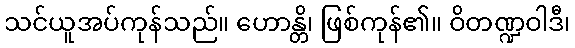
သင်ယူအပ်ကုန်သည်။ ဟောန္တိ၊ ဖြစ်ကုန်၏။ ဝိတဏ္ဍဝါဒီ၊